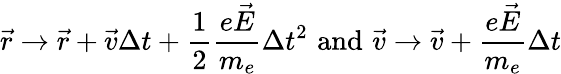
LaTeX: \vec{r}\rightarrow\vec{r}+\vec{v}\Delta t+\frac{1}{2}\frac{e\vec{E}}{m_{e}}\Delta t^{2}\, \, \textup{and}\, \, \vec{v}\rightarrow\vec{v}+\frac{e\vec{E}}{m_{e}}\Delta t